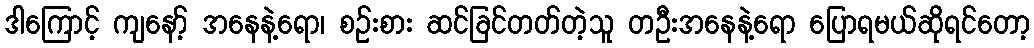
ဒါကြောင့် ကျနော့် အနေနဲ့ရော၊ စဉ်းစား ဆင်ခြင်တတ်တဲ့သူ တဦးအနေနဲ့ရော ပြောရမယ်ဆိုရင်တော့